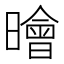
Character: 𣋘